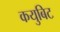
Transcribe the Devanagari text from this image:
कयुबिट